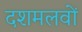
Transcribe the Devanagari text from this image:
दशमलवों